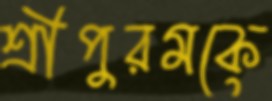
শ্রীপুরমকে